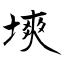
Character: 塽